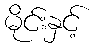
မိုင်းနှင့်